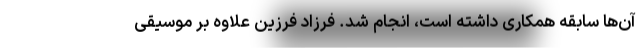
آن‌ها سابقه همکاری داشته است، انجام شد. فرزاد فرزین علاوه بر موسیقی